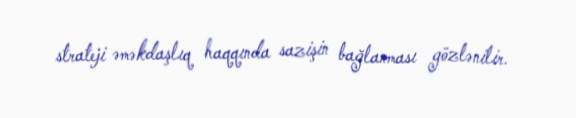
strateji əməkdaşlıq haqqında sazişin bağlanması gözlənilir.